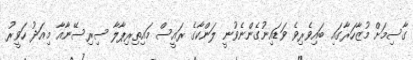
ގާސިމަށް މުޒާހަރާގައި ބައިވެރިވެ ވަޑައިނުގެންނެވުނީ ލަންކާގެ ރައީސް މައިތިރިޕާލާ ސިރިސޭނާއާ މިއަދު ހަވީރު